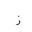
Letter: _zay